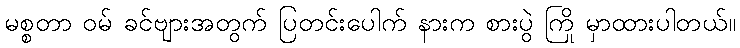
မစ္စတာ ဝမ် ခင်ဗျားအတွက် ပြတင်းပေါက် နားက စားပွဲ ကြို မှာထားပါတယ်။